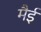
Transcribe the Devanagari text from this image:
मैई